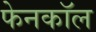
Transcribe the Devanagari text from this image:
फेनकॉल